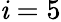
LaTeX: \mathit{i}=5